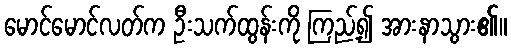
မောင်မောင်လတ်က ဦးသက်ထွန်းကို ကြည့်၍ အားနာသွား၏။